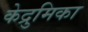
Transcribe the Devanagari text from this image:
केद्रुमिका